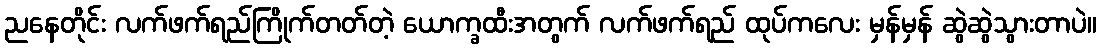
ညနေတိုင်း လက်ဖက်ရည်ကြိုက်တတ်တဲ့ ယောက္ခထီးအတွက် လက်ဖက်ရည် ထုပ်ကလေး မှန်မှန် ဆွဲဆွဲသွားတာပဲ။